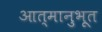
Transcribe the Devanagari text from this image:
आत्मानुभूत